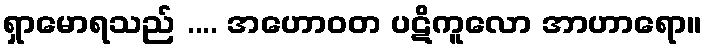
ရှာမောရသည် .... အဟောဝတ ပဋိကူလော အာဟာရော။